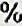
%